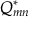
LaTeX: Q _ { m n } ^ { * }